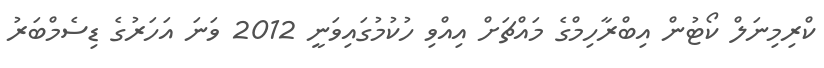
ކްރިމިނަލް ކޯޓުން އިބްރާހިމްގެ މައްޗަށް އިއްވި ހުކުމުގައިވަނީ 2012 ވަނަ އަހަރުގެ ޑިސެމްބަރު